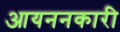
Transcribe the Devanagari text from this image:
आयननकारी